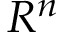
R ^ { n }